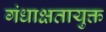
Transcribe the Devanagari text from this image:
गंधाक्षतायुक्त